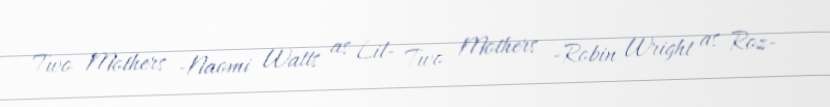
Two Mothers -Naomi Watts as Lil- Two Mothers -Robin Wright as Roz-